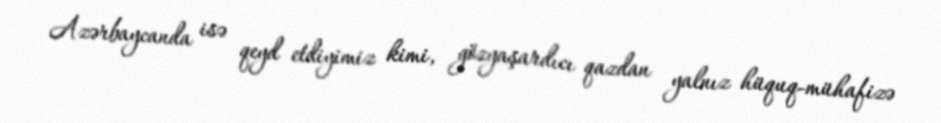
Azərbaycanda isə qeyd etdiyimiz kimi, gözyaşardıcı qazdan yalnız hüquq-mühafizə